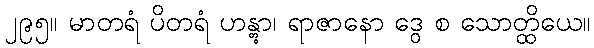
၂၉၅။ မာတရံ ပိတရံ ဟန္တွာ၊ ရာဇာနော ဒွေ စ သောတ္ထိယေ။